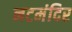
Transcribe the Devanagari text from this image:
नटमंदिर